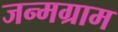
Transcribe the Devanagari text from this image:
जन्मग्राम